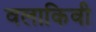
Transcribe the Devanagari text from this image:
वलाकिवी